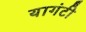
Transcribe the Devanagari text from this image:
यागंटी